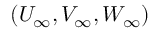
( { U _ { \infty } } , { V _ { \infty } } , { W _ { \infty } } )